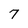
Character: 7